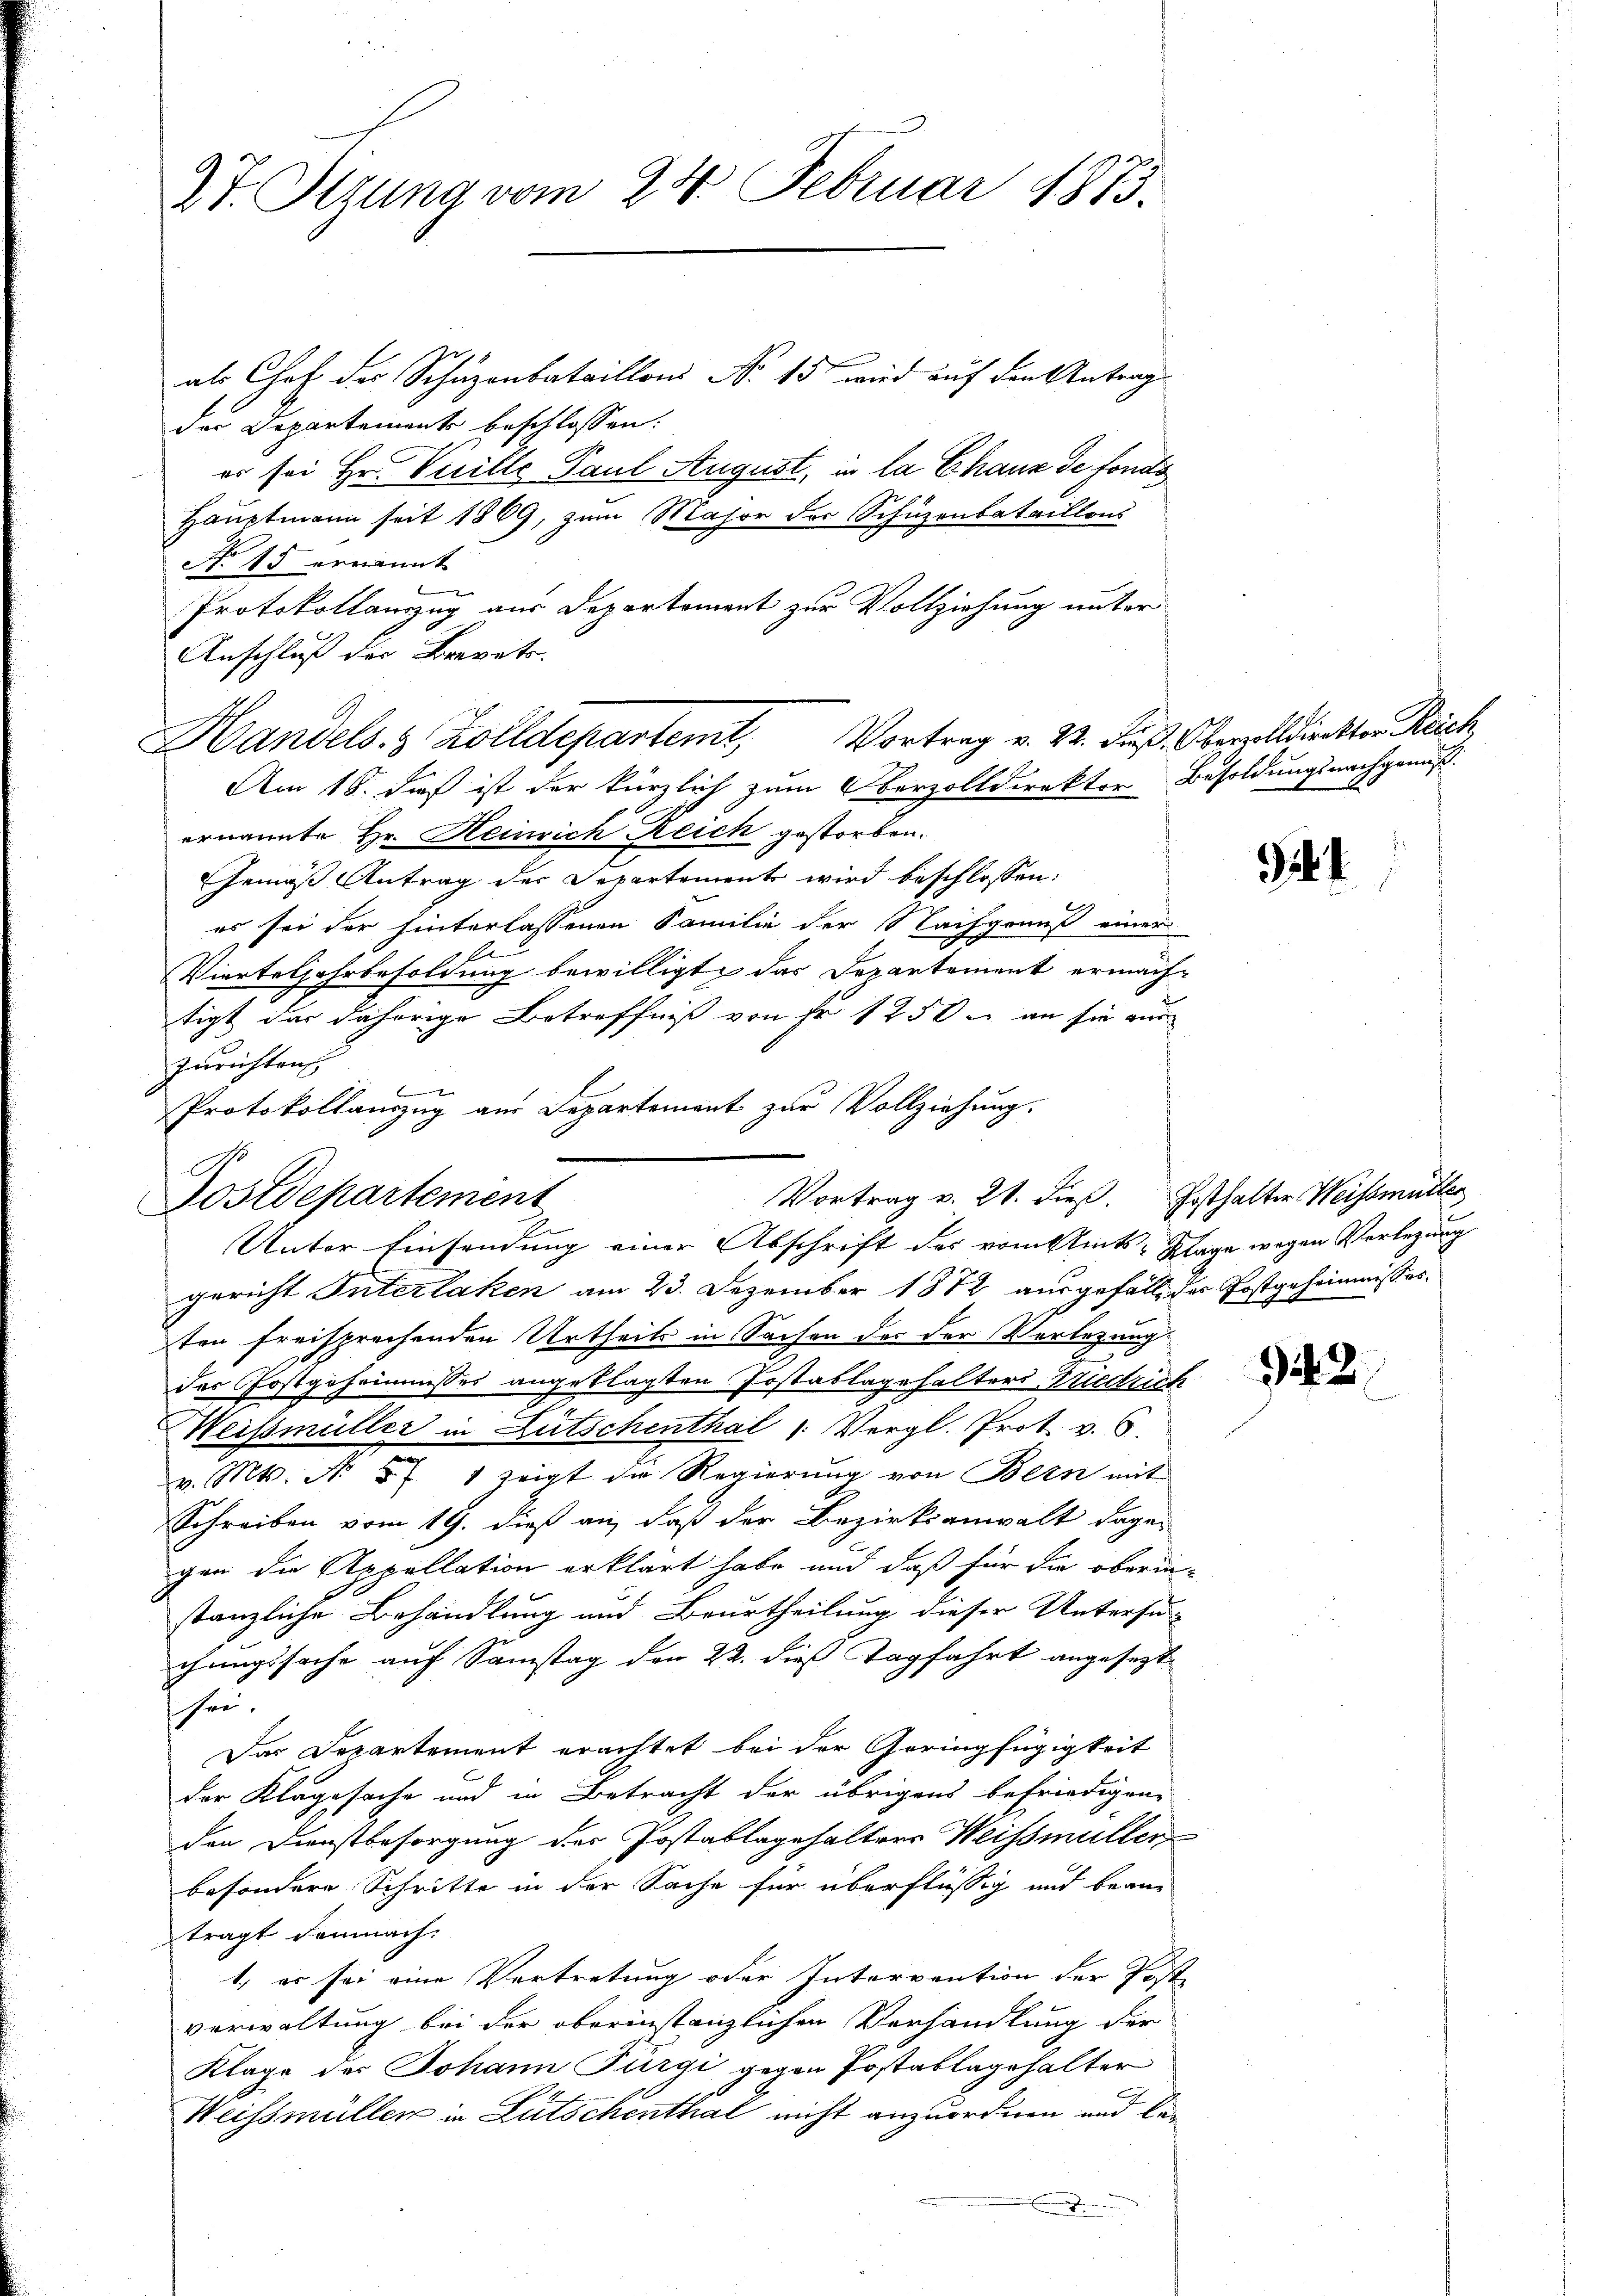
27. Sizung vom 24. Februar 1873.

Vortrag v. 21. dieß. Posthalter Weissmutter
Postdepartement
Unter Einsendung einer Abschrift des vom Amts-Klage wegen Verlegung

als Chef der Schuzonbataillons No 15 wird auf den Antrag
der Departements beschlossen:
er sei Hr. Vicille Paul August, in la Chaux de fonds
Hauptmann seit 1869, zum Major der Schüzenbataillons
No 15 ernannt
Protokollauszug aus Departement zur Vollziehung unter
Anschluß der Brevets.
Handels- & Zolldepartemt,
Am 18. daß ist der kürzlich zum Oberzolldirektor Besoldungsnachgemäß
ernannte Hr. Heinrich Reich gestorben.
Gemäß Antrag der Departement wird beschlossen:
es sei der hinterlassenen Familie der Nachgenuß einer
Vierteljahrbesoldung bewilligte das Departement ermach-
tigt das daherige Betreffniß von Fr. 1250. an sie au
Zurichten
e
Protokollauszug aus Departement zur Vollziehung.
gericht Interlaken am 23. Dezember 1872 ausgefall der Postgeheimnisses.
ten freisprechenden Urtheils in Sachen des der Verlegung
der Postgeheimnisses angeklagten Jostablagehalters Widrich
Weissmüller in Lutschenthal 1: Vergl. Prot. v. 6.
v. Mts. No 87 1 zeigt die Regierung von Bern mit
Schreiben vom 19. dieß an, daß der Bezirksanwalt dage-
gen die Appellation erklärt habe und daß für die ober in
stanzliche Behandlung und Beurtheilung dieser Untersu-
chungssache auf Samstag den 22. dieß Tagfahrt angesezt.
hre,
Das Departement erachtet bei der Geringfügigkeit
der Klagesache und in Betracht der übrigens befriedigen-
den Dienstbesorgung des Jostablagehalters Weissmüller
besondere Schritte in der Sache für überflüssig und bean
trägt demnach.
1., er sei eine Vertretung oder Intervention der Post-
verwaltung bei der oberinstanzlichen Verhandlung der
Klage des Johann Fürgi gegen Postablagehalter
Weissmüller in Lutschenthal nicht anzuordnen und be¬

Vortrag v. 22. Fuß. Oberzolldirektor Reich,

5

.

942.
en